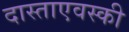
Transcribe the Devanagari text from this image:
दास्ताएवस्की